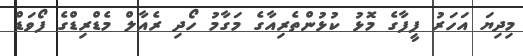
މިދިޔަ އަހަރު ފީފާގެ މޮޅު ކުޅުންތެރިއާގެ މަގާމު ހޯދި ރެއާލް މެޑްރިޑްގެ ފޯވަޑް